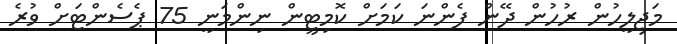
މަޖިލީހުން ރުހުން ދޭން ފެންނަ ކަމަށް ކޮމިޓީން ނިންމަނީ 75 ޕެސެންޓަށް ވުރެ